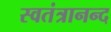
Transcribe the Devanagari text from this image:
स्वतंत्रानन्द